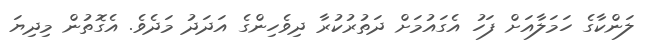
ލަންކާގެ ހަމަލާއަށް ފަހު އެގައުމަށް ދަތުރުކުރާ ދިވެހިންގެ އަދަދު މަދެވެ. އެގޮތުން މިދިޔަ